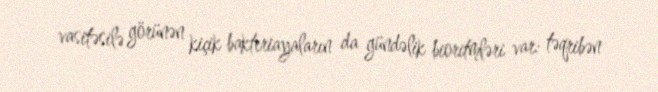
vasitəsilə görünən kiçik bakteriayaların da gündəlik bioritmləri var: təqribən